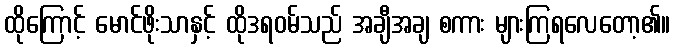
ထိုကြောင့် မောင်ဖိုးသာနှင့် ထိုဒရဝမ်သည် အချီအချ စကား များကြရလေတော့၏။